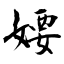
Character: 婹